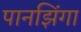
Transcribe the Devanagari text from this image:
पानझिंगा